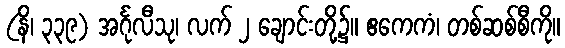
(နိ၊ ၃၃၉) အင်္ဂုလီသု၊ လက် ၂ ချောင်းတို့၌။ ဧကေကံ၊ တစ်ဆစ်စီကို။